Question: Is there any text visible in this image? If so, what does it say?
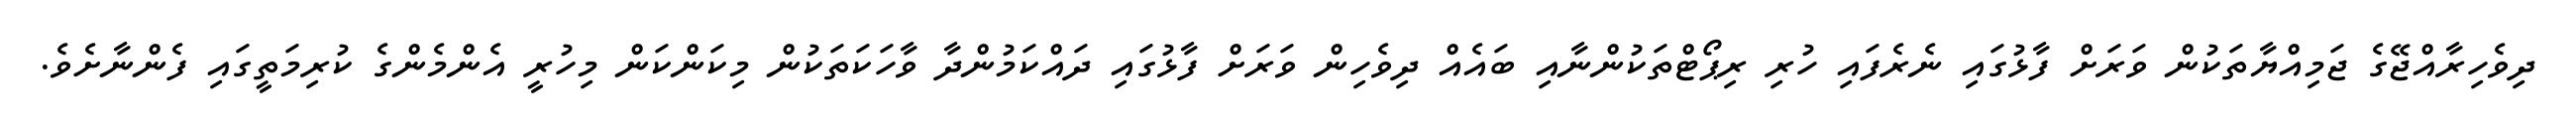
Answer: ދިވެހިރާއްޖޭގެ ޖަމިއްޔާތަކުން ވަރަށް ފާޅުގައި ނެރެފައި ހުރި ރިޕޯޓްތަކުންނާއި ބައެއް ދިވެހިން ވަރަށް ފާޅުގައި ދައްކަމުންދާ ވާހަކަތަކުން މިކަންކަން މިހުރީ އެންމެންގެ ކުރިމަތީގައި ފެންނާށެވެ.